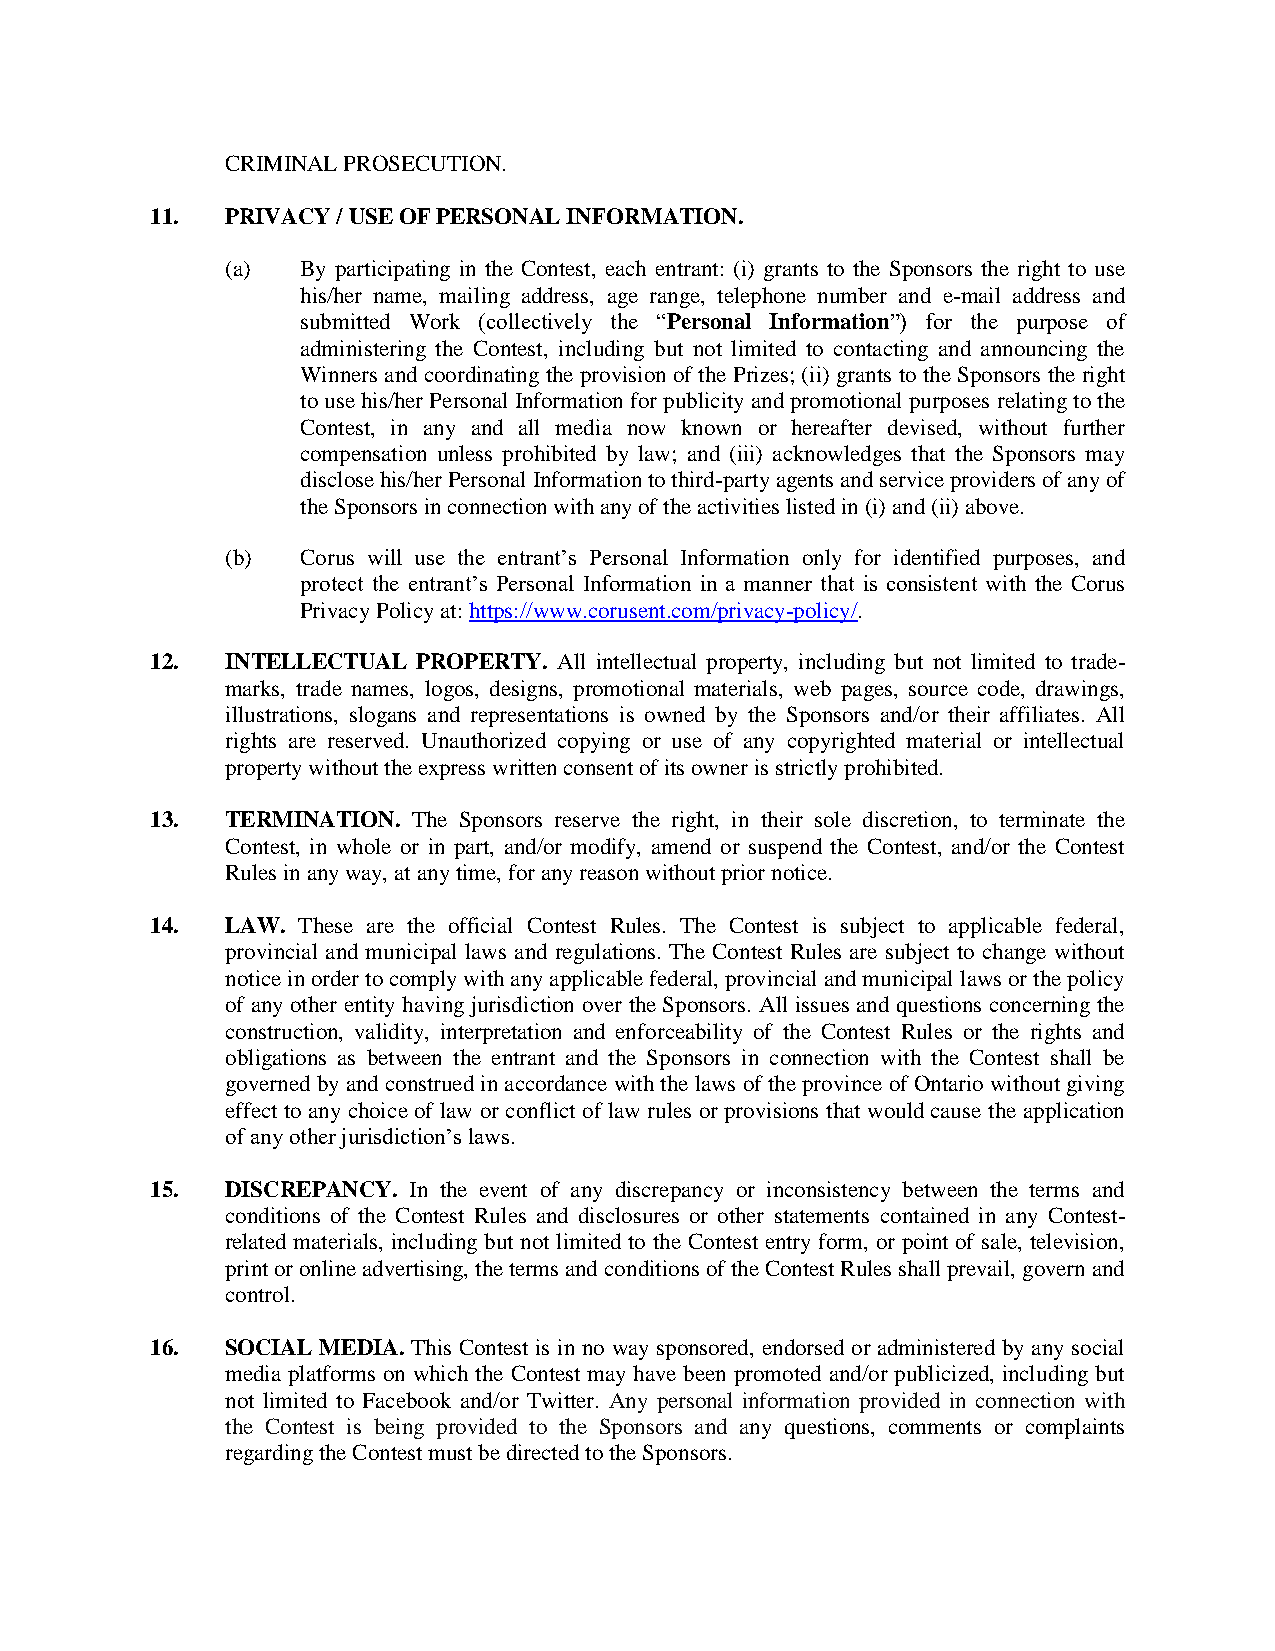
CRIMINAL PROSECUTION.
 11.  PRIVACY / USE OF PERSONAL INFORMATION.
 (a)  By participating in the Contest, each entrant: (i) grants to the Sponsors the right to use
 his/her name, mailing address, age range, telephone number and e-mail address and
 submitted Work (collectively the “Personal Information”) for the purpose of
 administering the Contest, including but not limited to contacting and announcing the
 Winners and coordinating the provision of the Prizes; (ii) grants to the Sponsors the right
 to use his/her Personal Information for publicity and promotional purposes relating to the
 Contest, in any and all media now known or hereafter devised, without further
 compensation unless prohibited by law; and (iii) acknowledges that the Sponsors may
 disclose his/her Personal Information to third-party agents and service providers of any of
 the Sponsors in connection with any of the activities listed in (i) and (ii) above.
 (b)  Corus will use the entrant’s Personal Information only for identified purposes, and
 protect the entrant’s Personal Information in a manner that is consistent with the Corus
 Privacy Policy at: https://www.corusent.com/privacy-policy/.
 12.  INTELLECTUAL PROPERTY. All intellectual property, including but not limited to trade-
 marks, trade names, logos, designs, promotional materials, web pages, source code, drawings,
 illustrations, slogans and representations is owned by the Sponsors and/or their affiliates. All
 rights are reserved. Unauthorized copying or use of any copyrighted material or intellectual
 property without the express written consent of its owner is strictly prohibited.
 13.  TERMINATION. The Sponsors reserve the right, in their sole discretion, to terminate the
 Contest, in whole or in part, and/or modify, amend or suspend the Contest, and/or the Contest
 Rules in any way, at any time, for any reason without prior notice.
 14.  LAW. These are the official Contest Rules. The Contest is subject to applicable federal,
 provincial and municipal laws and regulations. The Contest Rules are subject to change without
 notice in order to comply with any applicable federal, provincial and municipal laws or the policy
 of any other entity having jurisdiction over the Sponsors. All issues and questions concerning the
 construction, validity, interpretation and enforceability of the Contest Rules or the rights and
 obligations as between the entrant and the Sponsors in connection with the Contest shall be
 governed by and construed in accordance with the laws of the province of Ontario without giving
 effect to any choice of law or conflict of law rules or provisions that would cause the application
 of any other jurisdiction’s laws.
 15.  DISCREPANCY. In the event of any discrepancy or inconsistency between the terms and
 conditions of the Contest Rules and disclosures or other statements contained in any Contest-
 related materials, including but not limited to the Contest entry form, or point of sale, television,
 print or online advertising, the terms and conditions of the Contest Rules shall prevail, govern and
 control.
 16.  SOCIAL MEDIA. This Contest is in no way sponsored, endorsed or administered by any social
 media platforms on which the Contest may have been promoted and/or publicized, including but
 not limited to Facebook and/or Twitter. Any personal information provided in connection with
 the Contest is being provided to the Sponsors and any questions, comments or complaints
 regarding the Contest must be directed to the Sponsors.